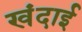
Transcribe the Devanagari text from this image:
खंदाई